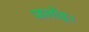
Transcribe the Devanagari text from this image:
जलोढ़।